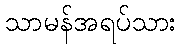
သာမန်အရပ်သား